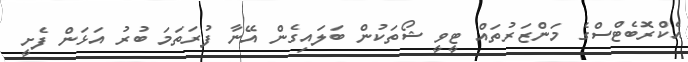
އެކްރޮބެޓްސްގެ މަންޒަރުތައް ޓީވީ ޝޯތަކުން ބަލައިގެން އޭނާ ފުރަތަމަ ބުރު އަޅަން ފެށީ